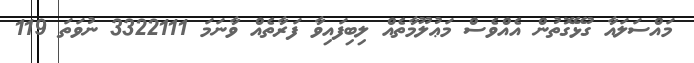
މައްސަލައާ ގުޅޭގޮތުން އެއްވެސް މަޢުލޫމާތެއް ލިބިފައިވާ ފަރާތެއް ވާނަމަ 3322111 ނުވަތަ 119